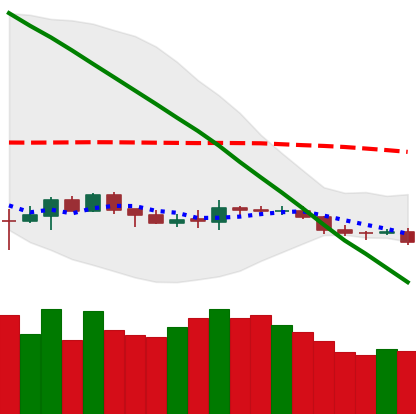
Ticker: BNB-USD
Chart end date: 2019-12-14
Forward return: -7.303%
Label: down_7plus